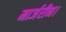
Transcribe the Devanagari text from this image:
मार्जरीन।